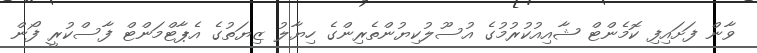
ވާން ފަށައިފި ކޮމެންޓް ޝާއިއުކުރުމުގެ އުސޫލުކިޔުންތެރިންގެ ހިޔާލު ޒިޔަތުގެ އެޕާޓްމަންޓް ފާސްކުރީ ފޯން